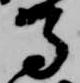
馬